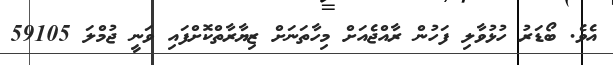
އެވެ. ބޯޑަރު ހުޅުވާލި ފަހުން ރާއްޖެއަށް މިހާތަނަށް ޒިޔާރާތްކޮށްފައި ވަނީ ޖުމްލަ 59105